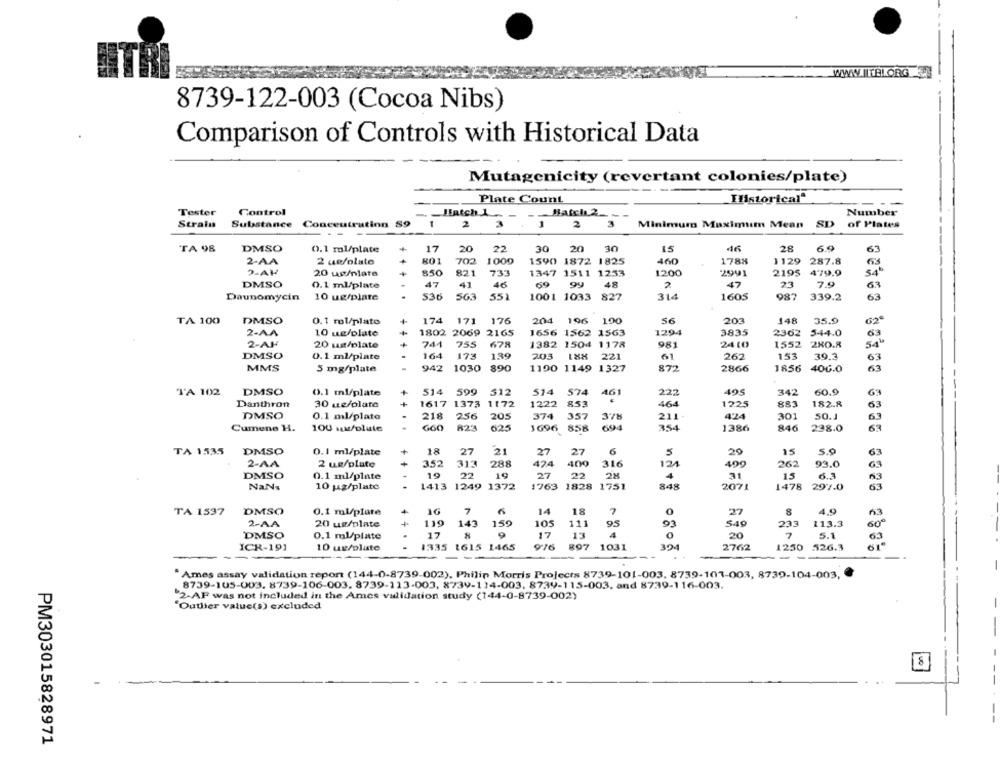
WWW. TEL.ORG
8739-122-003 (Cocoa Nibs)
Comparison of Controls with Historical Data
Mutagenicity (revertant colonies/plate)
Plate Count
Ilistorical"
----
Tester
Control
Hatch 1
Batch 2 ...
-
Number
1
2
3
1
3
Minimum Maximum Mean SD
Strala
Substance Concentration S9
2
of Plates
TA 98
DMSO
0.1 ml/plate
+
17
20
22
30 20 30
15
28
6.9
61
2-AA
2 uefolato
RO1
702
1000
1590 1872 1825
460
1788
1129
287.8
2-AV
20 up/nlare
850
821
733
1347 1511 1253
1200
2941
2195 479.9
54
DMSO
0.1 ml/plate
47
41
46
69
gy
48
23
7.9
47
6.3
Daunomycin
10 ug/plate
536
563
551
1001 1033 827
314
1605
987
339.2
63
TA 100
DMSO
0.1 ml/plato
+
174
171
176
204 196
190
56
203
148
35.9
62ª
2-AA
10 ue/plate
1802 2069 2165
1656 1562 1563
1294
3835
2362
544.0
63
2-AH
20 us/plate
+
741
755
678
1382 1504 1178
981
24 LO
1552 280.8
54ª
DMSO
0.1 ml/plate
164
173
139
203
221
61
262
153
39.3
63
MMS
5 mg/plate
942
1030
890
1190 1149 1327
872
1856
63
2866
406.0
DMSO
514 599
512
222
495
342
60.9
TA 102
0.1 ml/plate
514 574
461
63
Danthron
30 ue/olato
1617
1373 1172
1222
853
464
1225
883
182.8
63
DMSO
0.1 ml/plate
218
256
205
374
357
37H
211
424
301
50.1
53
Cumene H.
100 1/pluie
660
823
625
1696
858
694
354
1386
846
238.0
TA 1535
DMSO
0.1 ml/plate
18
27
21
27
27
6
5
20
15
5.0
63
2-AA
2 ug/plate
352
313
288
424
400
316
124
499
262
93.0
DMSO
0.1 ml/plate
19
22
19
27
22
2M
31
15
6.3
4
NaNs
10 ug/plate
1413 1249 1372
1763 1828 1751
848
2071
1478 297.0
63
TA 1537
DMSO
0.1 ml/plate
7
14
18
0
27
8
4.0
60º
2-AA
20 ug/plate
+ +
119
143
159
105
111
95
93
549
233
113.3
DMSO
0.1 ml/plate
17
8
17
13
4
0
20
7
5.1
6.
ICH-191
10 ug/plate
1335 1615 1465
976 897 1031
304
2762
1250 526.3
--
Ames assay validation report (144-0-8739-002), Philip Morris Projects 8739-101-003, 8739-107-003, 8739-104-003,
8739-105-003. 8739-106-003. 8739-113-003, 8739-114-003, 8739-115-003, and 8739-116-003.
2.AF was not included in the Ames validation study (144-0-8739-002)
"Outlier value(s) excluded
PM303015828971